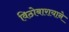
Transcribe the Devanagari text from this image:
विठोबारायाने